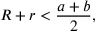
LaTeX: R + r < { \frac { a + b } { 2 } } ,